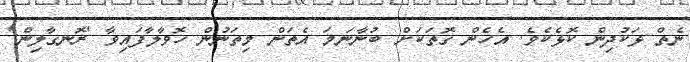
ނެތް ޅަކުދިން ކޮޅެކެވެ. އެހެން ގޮތަކަށް ބުނާނަމަ އެތަން މިތަނުން ހޮވާލާފައިވާ 'ރޮނގާލިން'